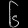
Digit: ၆